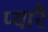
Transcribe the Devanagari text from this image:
प्यारै